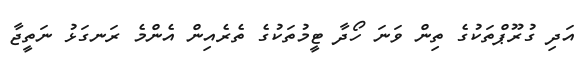
އަދި ގުރޫޕްތަކުގެ ތިން ވަނަ ހޯދާ ޓީމުތަކުގެ ތެރެއިން އެންމެ ރަނގަޅު ނަތީޖާ